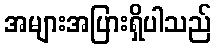
အများအပြားရှိပါသည်